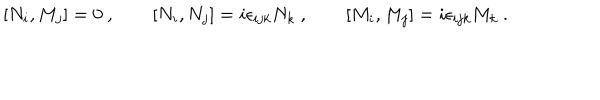
LaTeX: [ N _ { i } , M _ { j } ] = 0 \ , \qquad [ N _ { i } , N _ { j } ] = i \epsilon _ { i j k } N _ { k } \ , \qquad [ M _ { i } , M _ { j } ] = i \epsilon _ { i j k } M _ { k } \ .